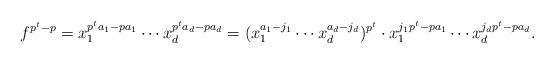
LaTeX: \begin{align*}f^{p^t-p} = x_1^{p^ta_1-pa_1} \cdots x_d^{p^ta_d - pa_d} = (x_1^{a_1-j_1}\cdots x_d^{a_d-j_d})^{p^t} \cdot x_1^{j_1p^t-pa_1}\cdots x_d^{j_dp^t-pa_d}.\end{align*}